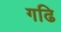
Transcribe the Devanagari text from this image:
गढि